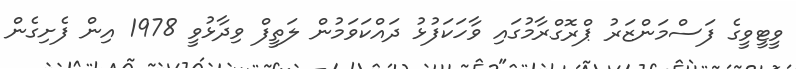
ވީޓީވީގެ ފަސްމަންޒަރު ޕްރޮގްރާމުގައި ވާހަކަފުޅު ދައްކަވަމުން ލަތީފް ވިދާޅުވީ 1978 އިން ފެށިގެން